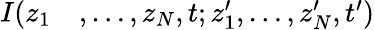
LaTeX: \begin{array}{rl}{I(z_{1}}&{{},\dots,z_{N},t;z_{1}^{\prime},\dots,z_{N}^{\prime},t^{\prime})}\end{array}